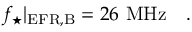
f _ { \star } | _ { \mathrm { E F R , B } } = 2 6 ~ \mathrm { M H z } ~ ~ \ .